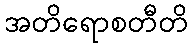
အတိရောစတီတိ